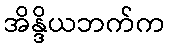
အိန္ဒိယဘက်က